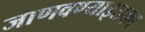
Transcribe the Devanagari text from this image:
जाणवण्याइतका